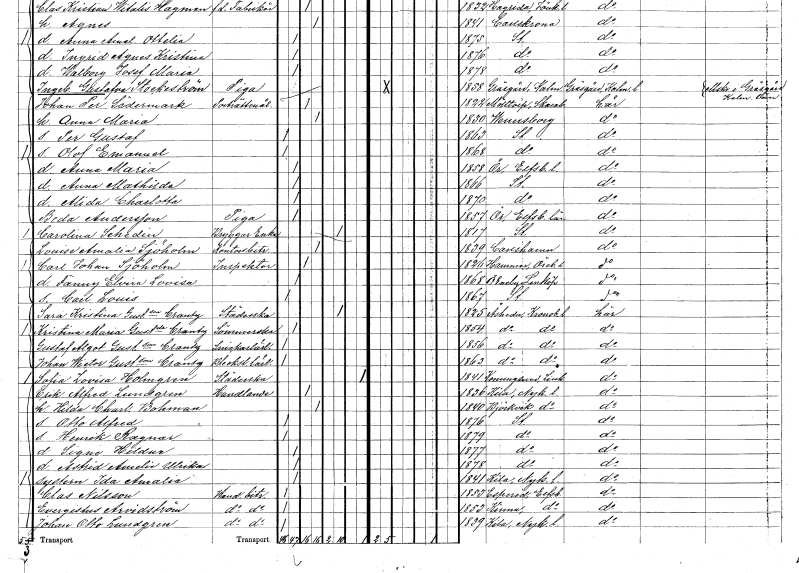
gt_parse: households: individuals: FN: Alida Charlotta
KON: K
CIV: O
FODAR: 1870
FODFORS: Stockholm
FN: Beda
EN: Andersson
YRKE: Piga
KON: K
CIV: O
FODAR: 1857
FODFORS: Ör Älvsborgs län
FN: Carolina
EN: Schedin
YRKE: Bryggaränka
KON: K
CIV: E
FODAR: 1817
FODFORS: Stockholm
FN: Louise Amalia
EN: Sjöholm
YRKE: Kontorsbiträde
KON: K
CIV: G
FODAR: 1839
FODFORS: Karlshamn Blekinge län
FN: Carl Johan
EN: Sjöholm
YRKE: Inspektor
KON: M
CIV: G
FODAR: 1826
FODFORS: Hammar Örebro län
FN: Fanny Elvira Lovisa
KON: K
CIV: O
FODAR: 1868
FODFORS: Östra Eneby Östergötlands län
FN: Carl Louis
KON: M
CIV: O
FODAR: 1867
FODFORS: Stockholm
FN: Sara Kristina
EN: Gustafsson Crantz
YRKE: Städerska
KON: K
CIV: E
FODAR: 1825
FODFORS: Åseda Kronobergs län
FN: Kristina Maria
EN: Gustafsdotter Crantz
YRKE: Sömmerska
KON: K
CIV: O
FODAR: 1854
FODFORS: Åseda Kronobergs län
FN: Gustaf Algot
EN: Gustafsson Crantz
YRKE: Snickarelärling
KON: M
CIV: O
FODAR: 1856
FODFORS: Åseda Kronobergs län
FN: Johan Wictor
EN: Gustafsson Crantz
YRKE: Bleckslagarelärling
KON: M
CIV: O
FODAR: 1863
FODFORS: Åseda Kronobergs län
FN: Sofia Lovisa
EN: Holmgren
YRKE: Städerska
KON: K
CIV: X
FODAR: 1841
FODFORS: Konungsund Östergötlands län
FN: Erik Alfred
EN: Lundgren
YRKE: Handlande
KON: M
CIV: G
FODAR: 1836
FODFORS: Kila Södermanlands län
FN: Hilda Charlotta
EN: Bohman
KON: K
CIV: G
FODAR: 1840
FODFORS: Björkvik Södermanlands län
FN: Otto Alfred
KON: M
CIV: O
FODAR: 1876
FODFORS: Stockholm
FN: Henrik Ragnar
KON: M
CIV: O
FODAR: 1879
FODFORS: Stockholm
FN: Signe Hildur
KON: K
CIV: O
FODAR: 1877
FODFORS: Stockholm
FN: Astrid Amelie Ulrika
KON: K
CIV: O
FODAR: 1878
FODFORS: Stockholm
FN: Ida Amalia
KON: K
CIV: O
FODAR: 1841
FODFORS: Kila Södermanlands län
FN: Clas
EN: Nilsson
YRKE: Handelsbiträde
KON: M
CIV: O
FODAR: 1853
FODFORS: Äspered Älvsborgs län
FN: Evergistus
EN: Arvidström
YRKE: Handelsbiträde
KON: M
CIV: O
FODAR: 1853
FODFORS: Kinna Älvsborgs län
FN: Johan Otto
EN: Lundgren
YRKE: Handelsbiträde
KON: M
CIV: O
FODAR: 1839
FODFORS: Kila Södermanlands län